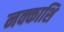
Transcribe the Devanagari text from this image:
नक्काशि